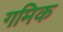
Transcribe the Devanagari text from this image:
गमिक